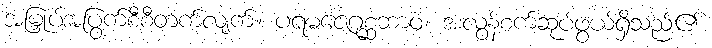
အမြှုပ်အပြွက်စီစီတက်လျက်။ ပရမဇေဂုစ္ဆဘာဝံ၊ အလွန်စက်ဆုပ်ဖွယ်ရှိသည်၏